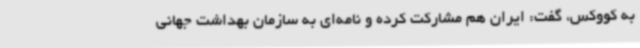
به کووکس، گفت: ایران هم مشارکت کرده و نامه‌ای به سازمان بهداشت جهانی